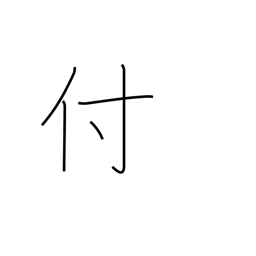
Meaning: adhere